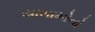
યામામોતો